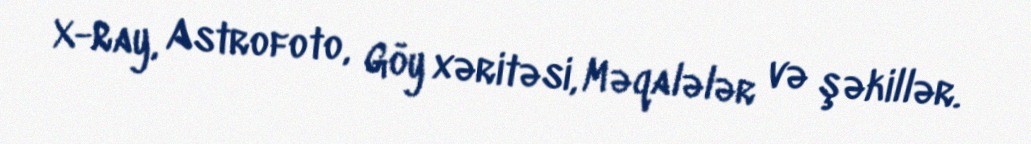
X-Ray, Astrofoto, Göy xəritəsi, Məqalələr və şəkillər.